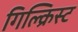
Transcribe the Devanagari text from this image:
गिल्क्रिस्ट